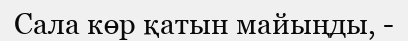
Сала көр қатын майыңды, -